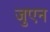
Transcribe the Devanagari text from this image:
जुएन